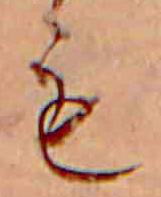
も